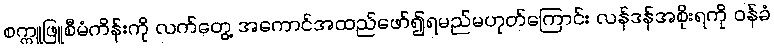
စက္ကူဖြူစီမံကိန်းကို လက်တွေ့ အကောင်အထည်ဖော်၍ရမည်မဟုတ်ကြောင်း လန်ဒန်အစိုးရကို ဝန်ခံ